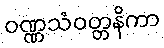
ဝဏ္ဏသံဝတ္တနိကာ